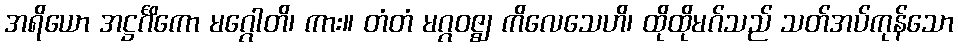
အရိယော အဋ္ဌင်္ဂိကော မဂ္ဂေါတိ၊ ကား။ တံတံ မဂ္ဂဝဇ္ဈ ကိလေသေဟိ၊ ထိုထိုမဂ်သည် သတ်အပ်ကုန်သော